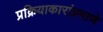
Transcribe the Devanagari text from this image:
प्रक्रियाकारांप्रमाणे